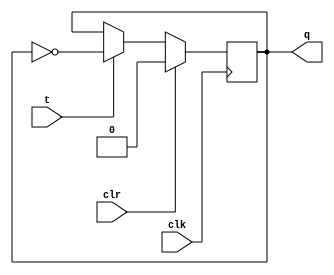
module T_flipflop(output reg q, input t, clk, clr);

    always @ (posedge clk) begin
        if(clr) q = 0;
        else begin
        if(t)  q = ~q;
        end
    end
endmodule